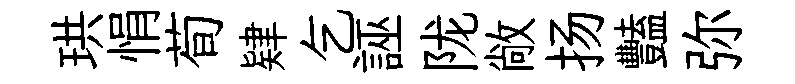
珙悁荀肄乞誣陇敞扬豔弥